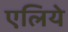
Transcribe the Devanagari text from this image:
एलिये